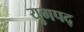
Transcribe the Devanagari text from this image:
युगपद्